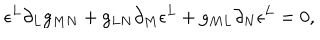
\epsilon ^ { L } \partial _ { L } g _ { M N } + g _ { L N } \partial _ { M } \epsilon ^ { L } + g _ { M L } \partial _ { N } \epsilon ^ { L } = 0 ,